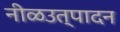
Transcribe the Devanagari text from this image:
नीळउत्पादन